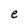
Character: e